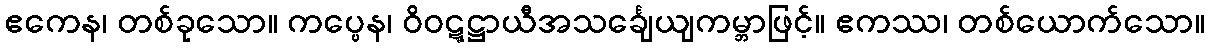
ဧကေန၊ တစ်ခုသော။ ကပ္ပေန၊ ဝိဝဋ္ဋဋ္ဌာယီအသင်္ချေယျကမ္ဘာဖြင့်။ ဧကဿ၊ တစ်ယောက်သော။